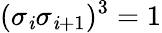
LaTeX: {(\sigma_{\mathit{i}}\sigma_{\mathit{i}+1}})^{3}=1